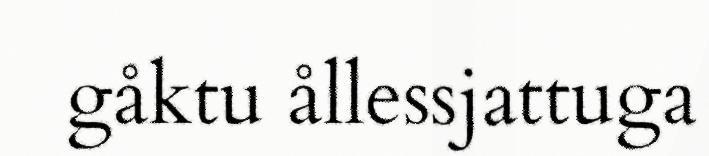
gåktu ållessjattuga